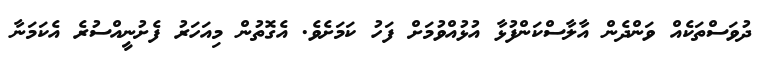
ދުވަސްތަކެއް ވަންދެން އާލާސްކަންފުޅާ އުޅުއްވުމަށް ފަހު ކަމަށެވެ. އެގޮތުން މިއަހަރު ފެށުނީއްސުރެ އެކަމަނާ